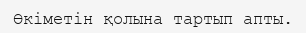
Өкіметін қолына тартып апты.